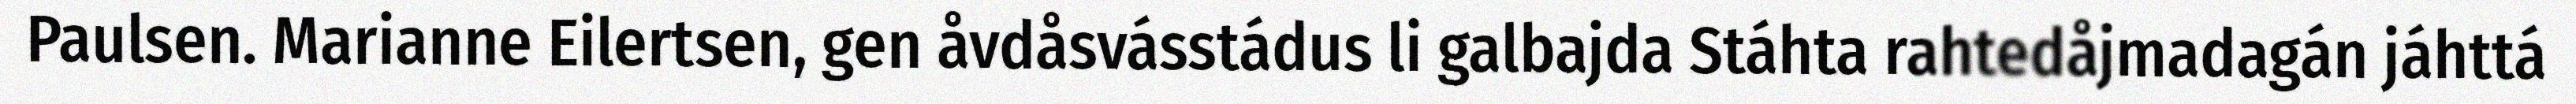
Paulsen. Marianne Eilertsen, gen åvdåsvásstádus li galbajda Stáhta rahtedåjmadagán jáhttá